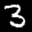
Label: 3